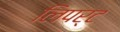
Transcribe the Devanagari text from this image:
लिपर्ट